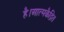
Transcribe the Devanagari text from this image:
है।आत्मकैद्रित